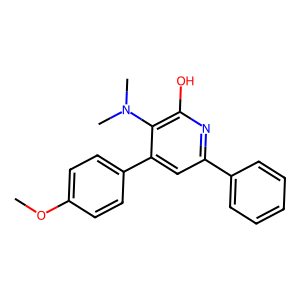
SMILES: COc1ccc(-c2cc(-c3ccccc3)nc(O)c2N(C)C)cc1
Inhibits HIV replication: No